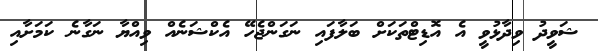
ޝަވީދު ވިދާޅުވީ އެ އޮޑިޓްތަކަށް ބަލާފައި ނަގަންޖެހޭ އެކްޝަނެއް ވިއްޔާ ނަގާނެ ކަމަށާއި